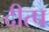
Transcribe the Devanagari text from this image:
दीत्प